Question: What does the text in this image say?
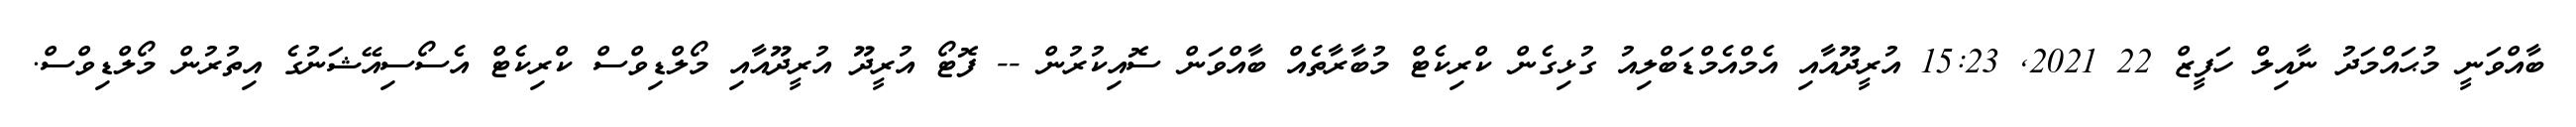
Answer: ބާއްވަނީ މުޙައްމަދު ނާއިލް ހަފީޒް 22 2021, 15:23 އުރީދޫއާއި އެމްއެމްޑަބްލިއު ގުޅިގެން ކްރިކެޓް މުބާރާތެއް ބާއްވަން ސޮއިކުރުން -- ފޮޓޯ އުރީދޫ އުރީދޫއާއި މޯލްޑިވްސް ކްރިކެޓް އެސޯސިއޭޝަނުގެ އިތުރުން މޯލްޑިވްސް.